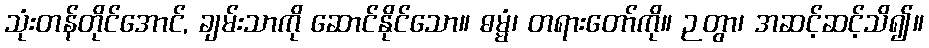
သုံးတန်တိုင်အောင်, ချမ်းသာကို ဆောင်နိုင်သော။ ဓမ္မံ၊ တရားတော်ကို။ ဉတွာ၊ အဆင့်ဆင့်သိ၍။